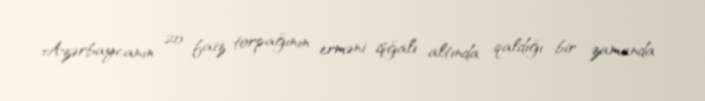
Azərbaycanın 20 faiz torpağının erməni işğalı altında qaldığı bir zamanda